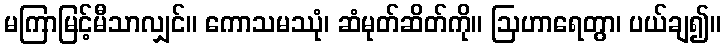
မကြာမြင့်မီသာလျှင်။ ကောသမဿုံ၊ ဆံမုတ်ဆိတ်ကို။ ဩဟာရေတွာ၊ ပယ်ချ၍။